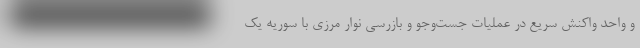
و واحد واکنش سریع در عملیات جست‌وجو و بازرسی نوار مرزی با سوریه یک